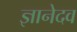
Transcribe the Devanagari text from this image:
ज्ञानेदव